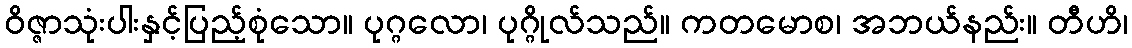
ဝိဇ္ဇာသုံးပါးနှင့်ပြည့်စုံသော။ ပုဂ္ဂလော၊ ပုဂ္ဂိုလ်သည်။ ကတမောစ၊ အဘယ်နည်း။ တီဟိ၊